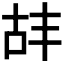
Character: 𫧡